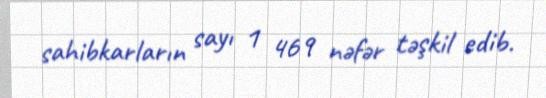
sahibkarların sayı 1 469 nəfər təşkil edib.